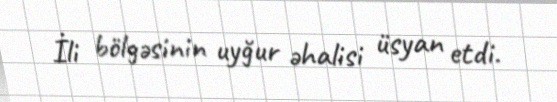
İli bölgəsinin uyğur əhalisi üsyan etdi.